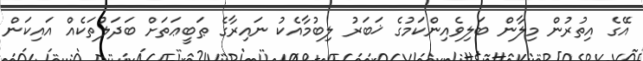
އޭގެ އިތުރުން މިލާން ބަލިވެއިންކަމުގެ ޚަބަރު ލިބުމާއެކު ނައިރާގެ ޠަބީޢަތަށް ބަދަލުތަކެއް އައިކަން